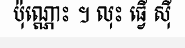
ប៉ុណ្ណោះ ។ លុះ ធ្វើ ស៊ី